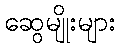
ဆွေမျိုးများ